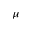
\mu